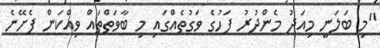
"މި ބަލަނީ މިއަދު މެންދުރު ފަހުގެ ވަގުތެއްގައި މި ބާވަތްތައް ވިއްކަން ފެށޭނެ